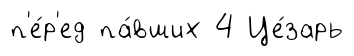
п'е́р'ед па́вших 4 Це́зарь